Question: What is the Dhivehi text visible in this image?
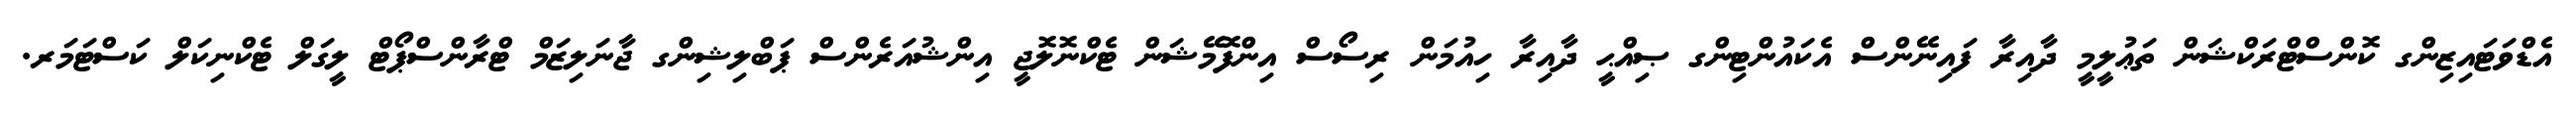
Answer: އެޑްވަޓައިޒިންގ ކޮންސްޓްރަކްޝަން ތަޢުލީމީ ދާއިރާ ފައިނޭންސް އެކައުންޓިންގ ޞިއްޙީ ދާއިރާ ހިއުމަން ރިސޯސް އިންފޮމޭޝަން ޓެކްނޮލޮޖީ އިންޝުއަރެންސް ޕަބްލިޝިންގ ޖާނަލިޒަމް ޓްރާންސްޕޯޓް ލީގަލް ޓެކްނިކަލް ކަސްޓަމަރ.